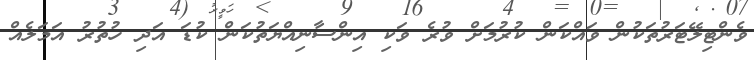
ވެންޓިލޭޓަރުތަކުން ވައްކަން ކުރުމަށް ވުރެ ވަކި އިންސާނިއްޔަތުކަން ކުޑަ އަދި ހުތުރު އަމަލެއް